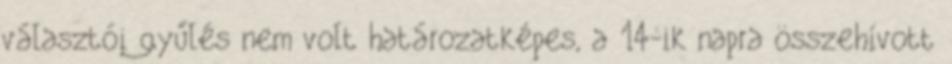
választói gyűlés nem volt határozatképes, a 14-ik napra összehívott